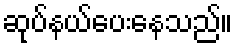
ဆုပ်နယ်ပေးနေသည်။